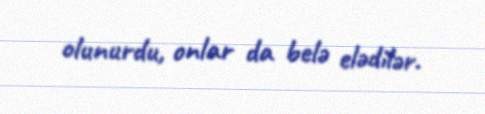
olunurdu, onlar da belə elədilər.